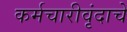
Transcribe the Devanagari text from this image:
कर्मचारीवृंदाचे